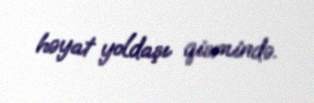
həyat yoldaşı qismində.